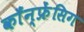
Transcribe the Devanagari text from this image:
कॉंन्फ्रेंसिग